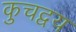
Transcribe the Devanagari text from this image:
कुचद्वय